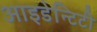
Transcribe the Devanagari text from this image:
आइडेन्टिटी